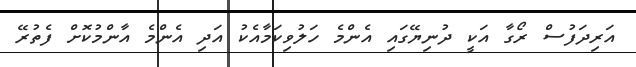
އަރިދަފުސް ރޯގާ އަކީ ދުނިޔޭގައި އެންމެ ހަލުވިކަމާއެކު އަދި އެންމެ އާންމުކޮށް ފެތުރޭ